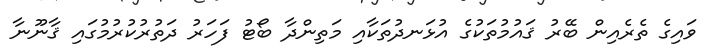
ވައިގެ ތެރެއިން ބޭރު ޤައުމުތަކުގެ އުޅަނދުތަކާއި މަތިންދާ ބޯޓު ފަހަރު ދަތުރުކުރުމުގައި ޤާނޫނާ